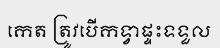
កេត ត្រូវបើកទ្វាផ្ទះទទួល